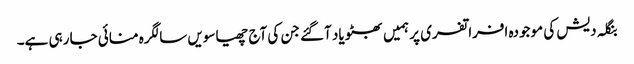
بنگلہ دیش کی موجودہ افراتفری پر ہمیں بھٹو یاد آگئے جن کی آج چھیاسویں سالگرہ منائی جا رہی ہے۔